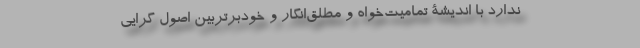
ندارد با اندیشۀ تمامیت‌خواه و مطلق‌انگار و خود‌برتربین اصول گراییِ